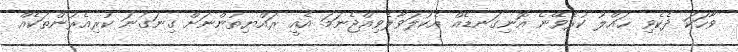
ވާހަކަ ދެކެވި ޙައްލު ކުރެވޭނެ އޮނިގަނޑެއް އެކުލަވާލެވިއްޖެނަމަ އެއީ ރައްޔިތުންނަށް ގިނަގުނަ ކުރިއެރުންތަކެއް